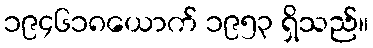
၁၉၄၆၁၈ယောက် ၁၉၅၃ ရှိသည်။